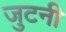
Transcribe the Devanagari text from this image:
जुटनी